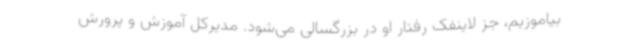
بیاموزیم، جز لاینفک رفتار او در بزرگسالی می‌شود. مدیرکل آموزش و پرورش